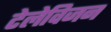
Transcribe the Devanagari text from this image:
टेलेविजन